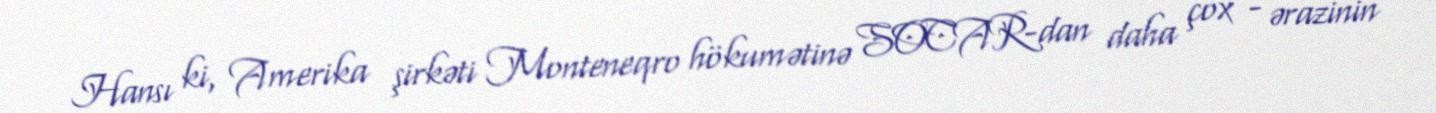
Hansı ki, Amerika şirkəti Monteneqro hökumətinə SOCAR-dan daha çox - ərazinin